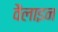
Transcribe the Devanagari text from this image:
वैलाइन